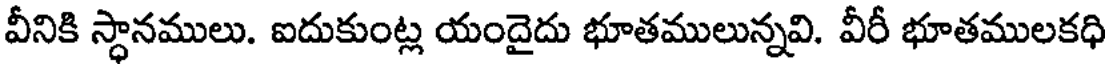
వీనికి స్థానములు. ఐదుకుంట్ల యందైదు భూతములున్నవి. వీరీ భూతములకధి